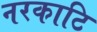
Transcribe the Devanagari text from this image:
नरकाटि